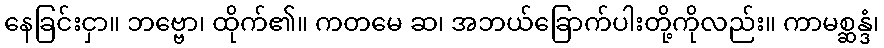
နေခြင်းငှာ။ ဘဗ္ဗော၊ ထိုက်၏။ ကတမေ ဆ၊ အဘယ်ခြောက်ပါးတို့ကိုလည်း။ ကာမစ္ဆန္ဒံ၊